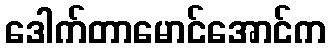
ဒေါက်တာမောင်အောင်က